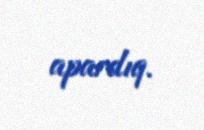
apardıq.